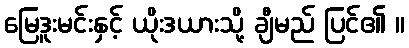
မြေဒူးမင်းနှင့် ယိုးဒယားသို့ ချီမည် ပြင်၏ ။